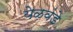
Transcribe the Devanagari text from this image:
येळवंडे